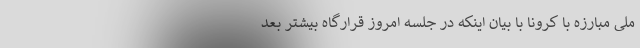
ملی مبارزه با کرونا با بیان اینکه در جلسه امروز قرارگاه بیشتر بعد